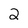
Character: 2